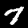
Digit: 7